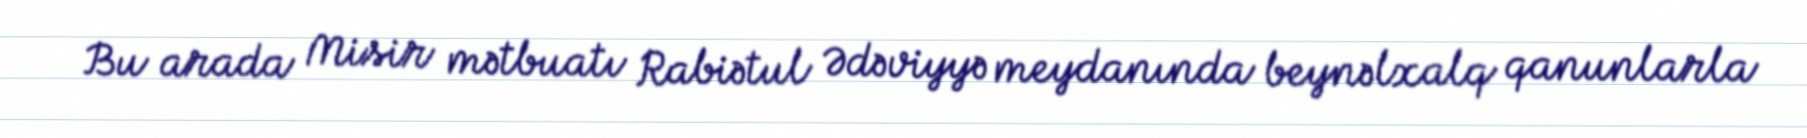
Bu arada Misir mətbuatı Rabiətul Ədəviyyə meydanında beynəlxalq qanunlarla